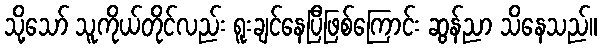
သို့သော် သူကိုယ်တိုင်လည်း ရူးချင်နေပြီဖြစ်ကြောင်း ဆွန်ညာ သိနေသည်။